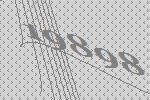
19898